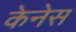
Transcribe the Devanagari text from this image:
केनेस